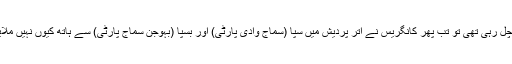
یہ بھی اہم سوال ہے کہ اگر پوزیشن اتنی خراب چل رہی تھی تو تب پھر کانگریس نے اتر پردیش میں سپا (سماج وادی پارٹی) اور بسپا (بہوجن سماج پارٹی) سے ہاتھ کیوں نہیں ملایا تھا کہ کامیابی کا کوئی راستہ کھولا جا سکتا؟